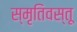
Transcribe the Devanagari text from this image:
स्मृतिवस्तू